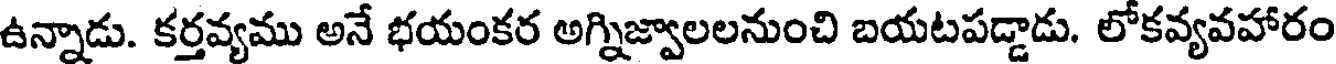
ఉన్నాడు. కర్తవ్యము అనే భయంకర అగ్నిజ్వాలలనుంచి బయటపడ్డాడు. లోకవ్యవహారం